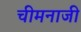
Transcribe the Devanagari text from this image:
चीमनाजी